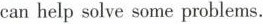
can help solve some problems.